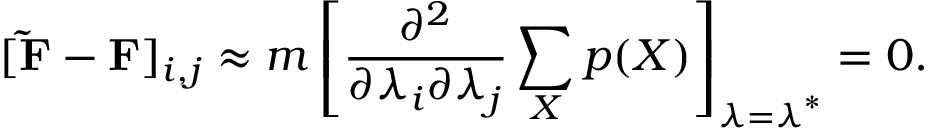
[ \mathbf { \tilde { F } } - \mathbf { F } ] _ { i , j } \approx m \left[ \frac { \partial ^ { 2 } } { \partial \lambda _ { i } \partial \lambda _ { j } } \sum _ { X } p ( X ) \right] _ { \boldsymbol { \lambda } = \boldsymbol { \lambda } ^ { * } } = 0 .